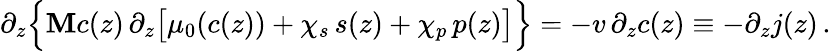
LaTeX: \partial_{z}\Bigl\{ \mathbf{M}c(z)\, \partial_{z}\bigl[\mu_{0}(c(z))+\chi_{s}\, s(z)+\chi_{p}\, p(z)\bigr]\Bigr\} =-v\, \partial_{z}c(z)\equiv-\partial_{z}j(z)\, .